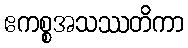
ဧကစ္စအသဿတိကာ